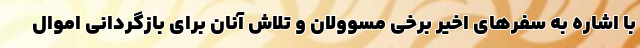
با اشاره به سفرهای اخیر برخی مسوولان و تلاش آنان برای بازگردانی اموال